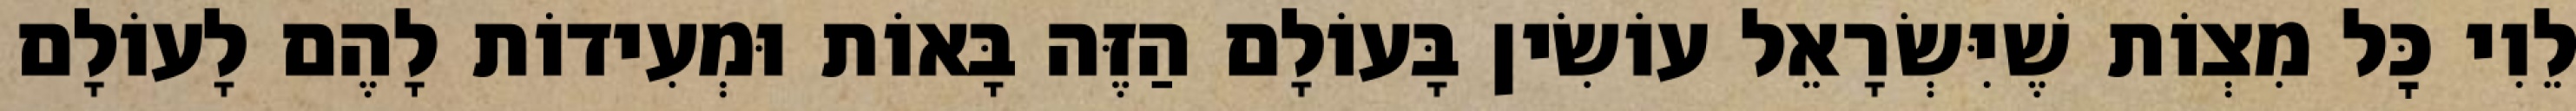
לֵוִי כׇּל מִצְוֹת שֶׁיִּשְׂרָאֵל עוֹשִׂין בָּעוֹלָם הַזֶּה בָּאוֹת וּמְעִידוֹת לָהֶם לָעוֹלָם